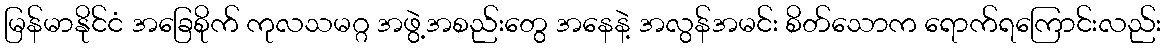
မြန်မာနိုင်ငံ အခြေစိုက် ကုလသမဂ္ဂ အဖွဲ့အစည်းတွေ အနေနဲ့ အလွန်အမင်း စိတ်သောက ရောက်ရကြောင်းလည်း